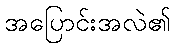
အပြောင်းအလဲ၏